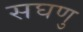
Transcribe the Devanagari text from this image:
सघणु